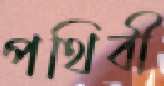
পথিবী